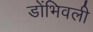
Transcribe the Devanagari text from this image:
डोंभिवली